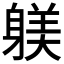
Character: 躾